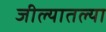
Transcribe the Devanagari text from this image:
जील्यातल्या